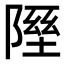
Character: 𨻋